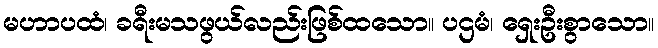
မဟာပထံ၊ ခရီးမသဖွယ်လည်းဖြစ်ထသော။ ပဌမံ၊ ရှေးဦးစွာသော။